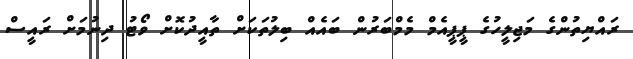
ރައްޔިތުންގެ މަޖިލީހުގެ ޕީޕީއެމް މެމްބަރުން ބައެއް ބިލުތަކަށް ތާއީދުކޮށް ވޯޓު ދިނުމަށް ރައީސް